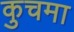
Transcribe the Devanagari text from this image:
कुचमा